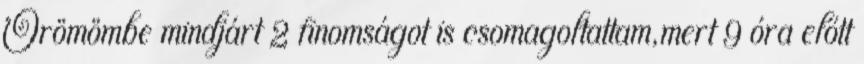
Örömömbe mindjárt 2 finomságot is csomagoltattam,mert 9 óra előtt